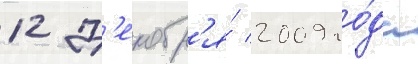
12 д'екабр'я́ 2009 го́да